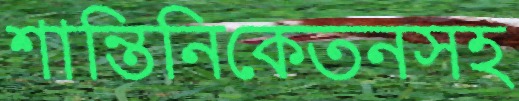
শান্তিনিকেতনসহ